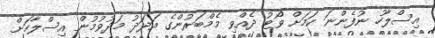
އިސްލާހު ނުފެންނަ ކަމަށް ވޯޓު ދެއްވި މެމްބަރުންގެ އަދަދު މަދުވުމުން އިސްލާހަށް